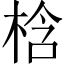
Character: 梒